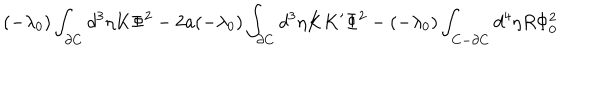
LaTeX: ( - \lambda _ { 0 } ) \int _ { \partial C } d ^ { 3 } \eta K \Phi ^ { 2 } - 2 a ( - \lambda _ { 0 } ) \int _ { \partial C } d ^ { 3 } \eta K K ^ { \prime } \Phi ^ { 2 } - ( - \lambda _ { 0 } ) \int _ { C - \partial C } d ^ { 4 } \eta R \Phi _ { 0 } ^ { 2 }